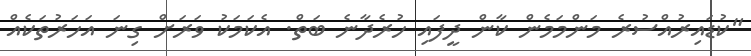
"ކުޑައިރުއްސުރެ މަންމަމެން ކާން ދީފައި ހުރެދާނެ ބަތް. އެކަމަކު ވަރަށް ގިނަ އަހަރުތަކެއް